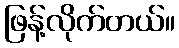
ဖြန့်လိုက်တယ်။